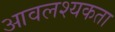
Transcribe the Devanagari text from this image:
आवलश्यकता